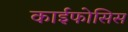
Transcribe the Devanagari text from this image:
काईफोसिस